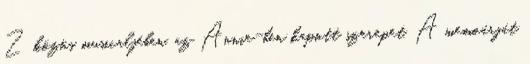
Z közös musicaljében, az Annie-ben kapott szerepet. A memoárját